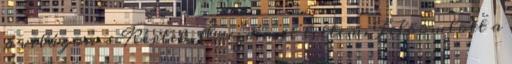
a világon - Kérlek. Érezd mit tettem. Felbomlott a